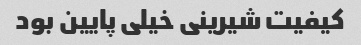
کیفیت شیرینی خیلی پایین بود